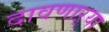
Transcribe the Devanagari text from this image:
दावणाऱ्या